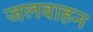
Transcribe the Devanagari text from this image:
जलवाहन